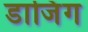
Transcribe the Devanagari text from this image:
डाजिंग